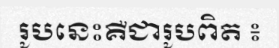
រូបនេះគឺជារូបពិត ៖